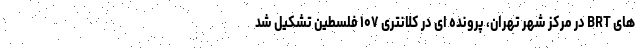
های BRT در مرکز شهر تهران، پرونده ای در کلانتری ۱۰۷ فلسطین تشکیل شد